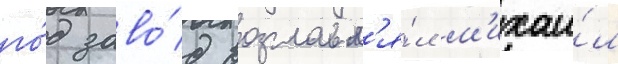
го́д заво́д возглавл'я́л м'ихаи́л